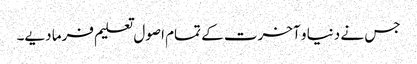
جس نے دنیا و آخرت کے تمام اصول تعلیم فرما دیے۔